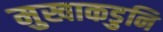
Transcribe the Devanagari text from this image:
मुखाकडुनि